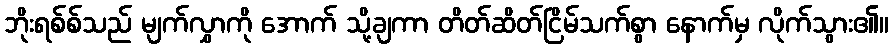
ဘိုးရစ်စ်သည် မျက်လွှာကို အောက် သို့ချကာ တိတ်ဆိတ်ငြိမ်သက်စွာ နောက်မှ လိုက်သွား၏။